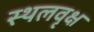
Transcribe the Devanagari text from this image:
स्थलवृक्ष